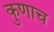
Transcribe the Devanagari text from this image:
कुणाच